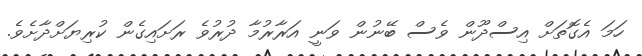
ހަމަ އެގޮތަށް އިސްދޫން ވެސް ބޭނުން ވަނީ އަރާރުމާ ދުރުވެ ރަށައިގެން ކުރިޔަށްދާށެވެ.